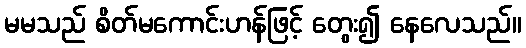
မမသည် စိတ်မကောင်းဟန်ဖြင့် တွေး၍ နေလေသည်။